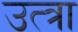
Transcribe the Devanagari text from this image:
उत्त्रा